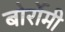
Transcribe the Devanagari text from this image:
बोर्रोमी